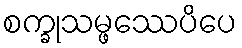
စက္ခုသမ္ဖဿေပိပေ